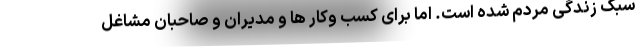
سبک زندگی مردم شده است. اما برای کسب وکار ها و مدیران و صاحبان مشاغل